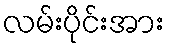
လမ်းပိုင်းအား